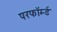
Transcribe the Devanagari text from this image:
परफॉर्म्ड